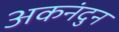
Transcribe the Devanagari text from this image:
अकनंदुन